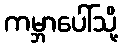
ကမ္ဘာပေါ်သို့